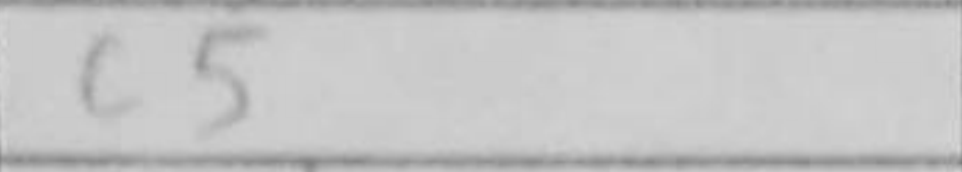
Transcription: c5